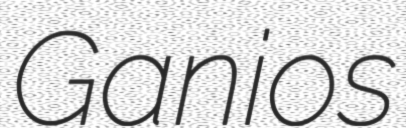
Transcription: Ganios